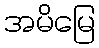
အမိမြေ